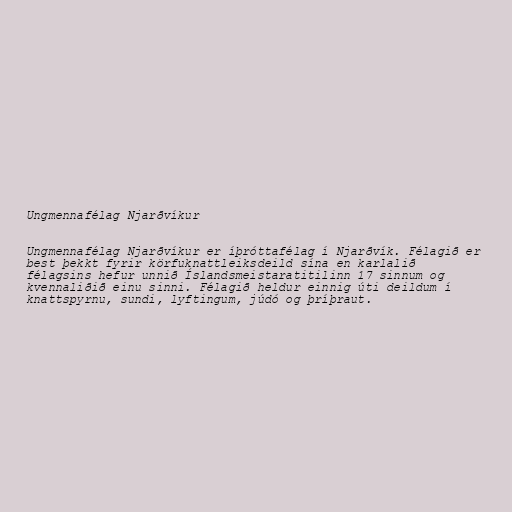
Ungmennafélag Njarðvíkur

Ungmennafélag Njarðvíkur er íþróttafélag í Njarðvík. Félagið er
best þekkt fyrir körfuknattleiksdeild sína en karlalið
félagsins hefur unnið Íslandsmeistaratitilinn 17 sinnum og
kvennaliðið einu sinni. Félagið heldur einnig úti deildum í
knattspyrnu, sundi, lyftingum, júdó og þríþraut.